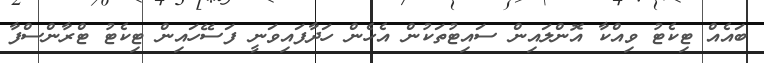
ބައެއް ޓިކެޓު ވިއްކާ އޮންލައިން ސައިޓުތަކުން އެހެން ހަދާފައިވަނީ ފަސޭހައިން ޓިކެޓު ޓްރާންސްފާ